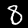
Digit: 8